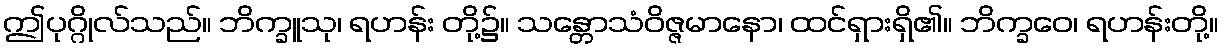
ဤပုဂ္ဂိုလ်သည်။ ဘိက္ခူသု၊ ရဟန်း တို့၌။ သန္တောသံဝိဇ္ဇမာနော၊ ထင်ရှားရှိ၏။ ဘိက္ခဝေ၊ ရဟန်းတို့။